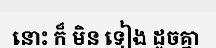
នោះ ក៏ មិន ទៀង ដូចគ្នា